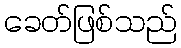
ခေတ်ဖြစ်သည်